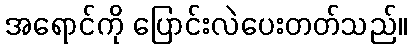
အရောင်ကို ပြောင်းလဲပေးတတ်သည်။